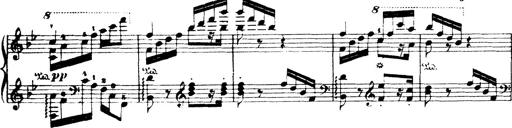
Title: Wagner-Liszt Album
Composer: Franz Liszt